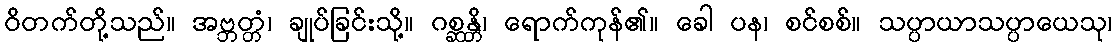
ဝိတက်တို့သည်။ အဗ္ဘတ္တံ၊ ချုပ်ခြင်းသို့။ ဂစ္ဆန္တိ၊ ရောက်ကုန်၏။ ခေါ ပန၊ စင်စစ်။ သပ္ပာယာသပ္ပာယေသု၊